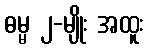
ဓမ္မ ၂-မျိုး အထူး